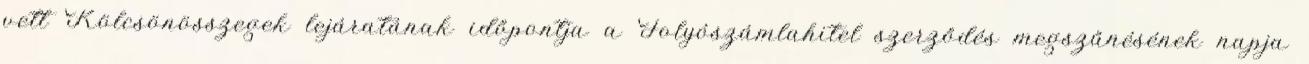
vett Kölcsönösszegek lejáratának időpontja a Folyószámlahitel szerződés megszűnésének napja